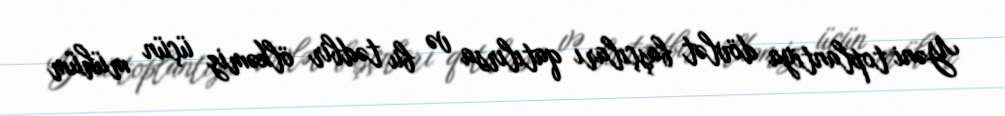
Yəni toplantıya dövlət başçıları qatılırsa və bu tədbir ölkəmiz üçün mühüm